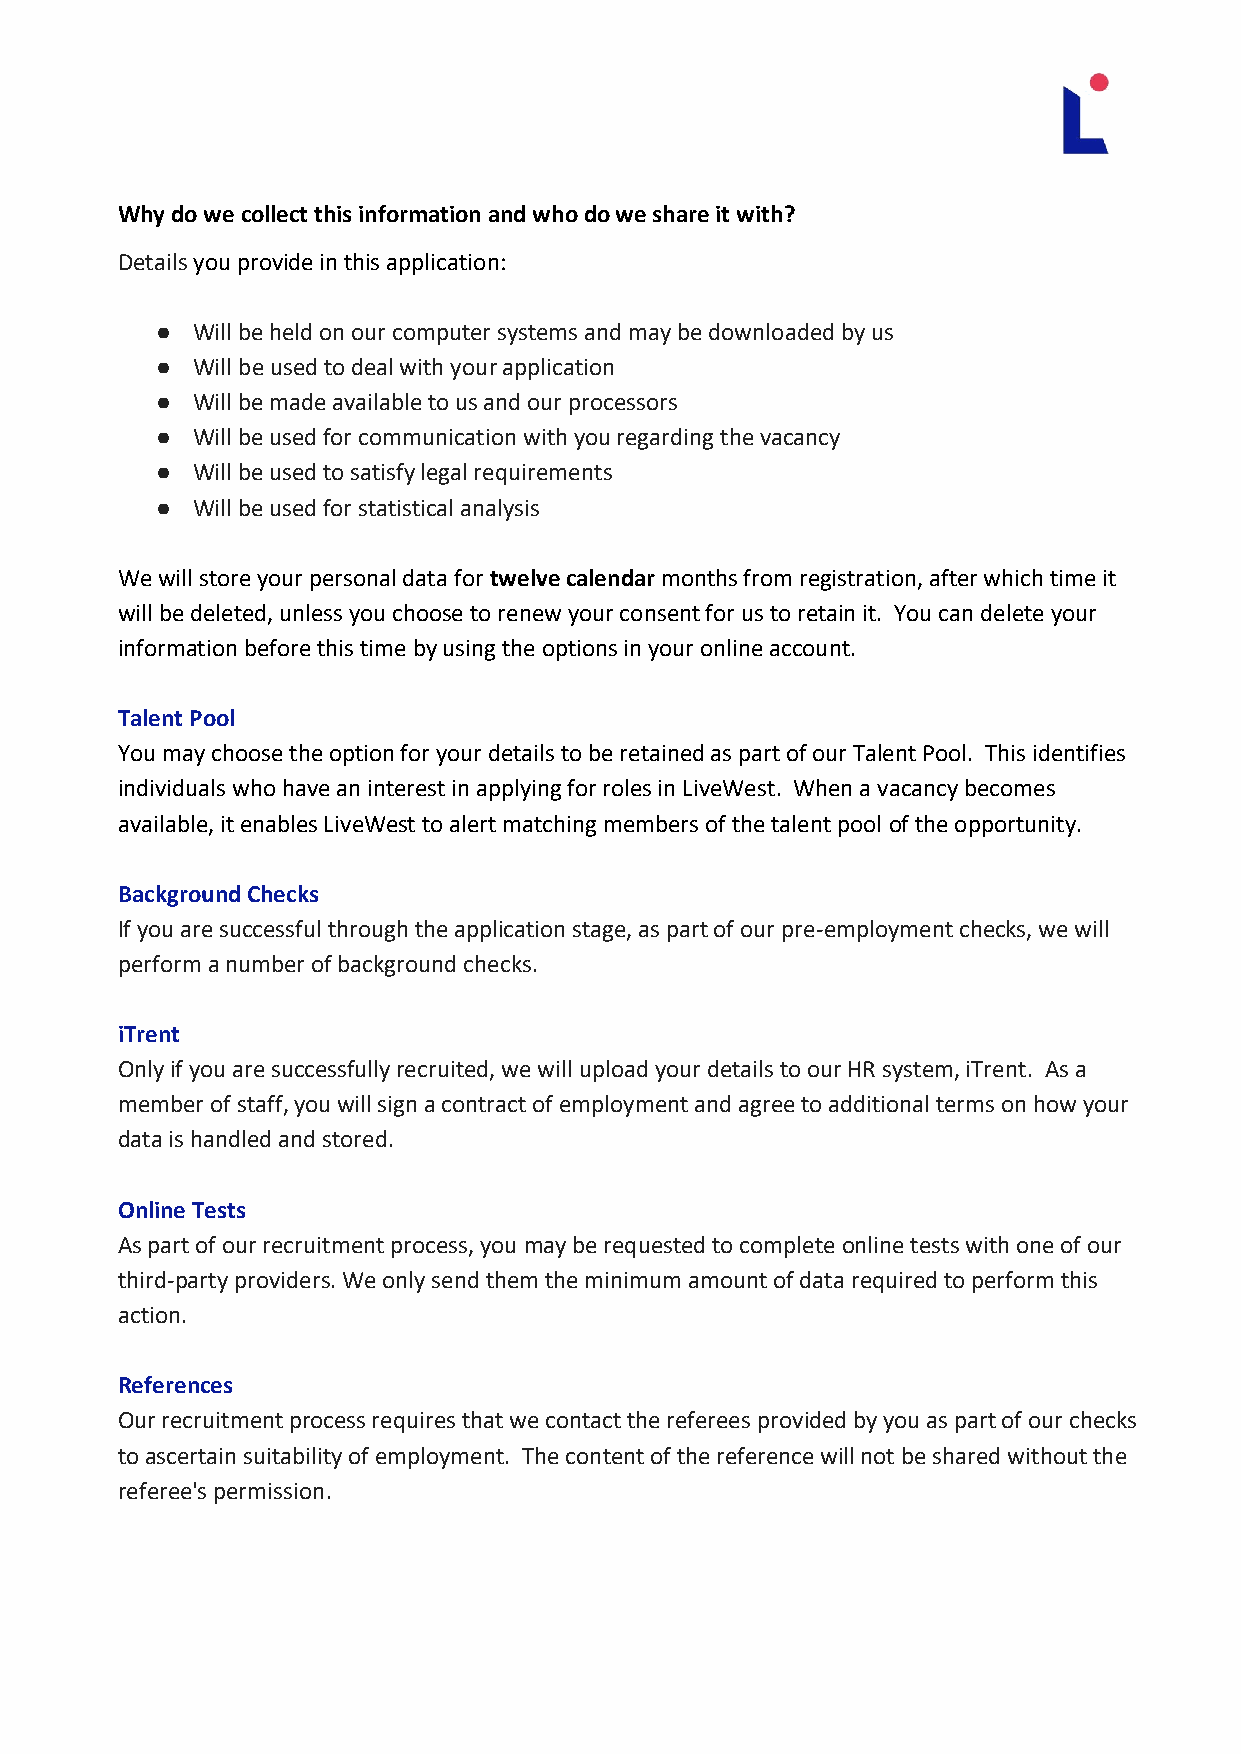
Why do we collect this information and who do we share it with?
 Details you provide in this application:
 ●  Will be held on our computer systems and may be downloaded by us
 ●  Will be used to deal with your application
 ●  Will be made available to us and our processors
 ●  Will be used for communication with you regarding the vacancy
 ●  Will be used to satisfy legal requirements
 ●  Will be used for statistical analysis
 We will store your personal data for twelve calendar months from registration, after which time it
 will be deleted, unless you choose to renew your consent for us to retain it. You can delete your
 information before this time by using the options in your online account.
 Talent Pool
 You may choose the option for your details to be retained as part of our Talent Pool. This identifies
 individuals who have an interest in applying for roles in LiveWest. When a vacancy becomes
 available, it enables LiveWest to alert matching members of the talent pool of the opportunity.
 Background Checks
 If you are successful through the application stage, as part of our pre-employment checks, we will
 perform a number of background checks.
 iTrent
 Only if you are successfully recruited, we will upload your details to our HR system, iTrent. As a
 member of staff, you will sign a contract of employment and agree to additional terms on how your
 data is handled and stored.
 Online Tests
 As part of our recruitment process, you may be requested to complete online tests with one of our
 third-party providers. We only send them the minimum amount of data required to perform this
 action.
 References
 Our recruitment process requires that we contact the referees provided by you as part of our checks
 to ascertain suitability of employment. The content of the reference will not be shared without the
 referee's permission.